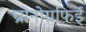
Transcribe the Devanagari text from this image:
च्रोनोग्रफिई